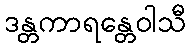
ဒန္တကာရန္တေဝါသီ